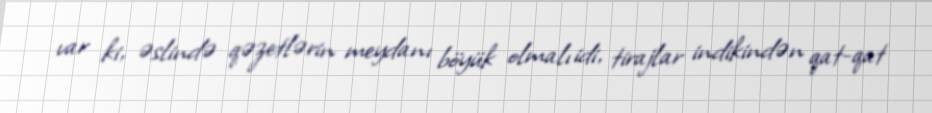
var ki, əslində qəzetlərin meydanı böyük olmalı idi, tirajlar indikindən qat-qat